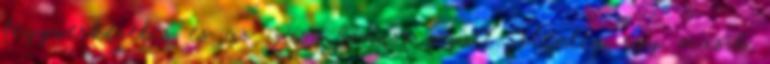
fegyverkezelés és az íjász bónusz miatt jelenleg egy másik